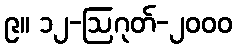
၉။ ၁၂-ဩဂုတ်-၂၀၀၀